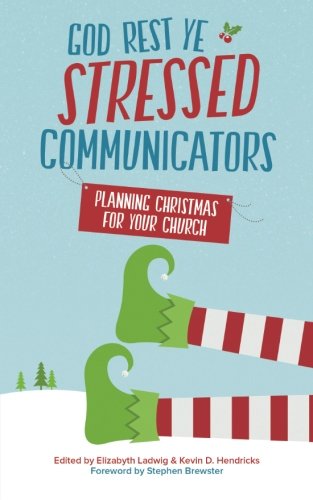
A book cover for God Rest Ye Stressed Communicators: Planning Christmas for Your Church; Stephen Brewster; Christian Books & Bibles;